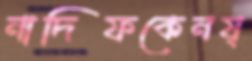
নাদিফকেনষ্